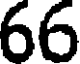
66